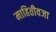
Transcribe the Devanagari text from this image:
माहितीवजा